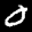
Label: 0